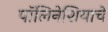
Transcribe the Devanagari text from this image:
पॉलिनेशियाचे